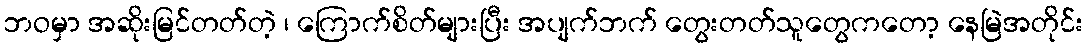
ဘဝမှာ အဆိုးမြင်တတ်တဲ့ ၊ ကြောက်စိတ်များပြီး အပျက်ဘက် တွေးတတ်သူတွေကတော့ နေမြဲအတိုင်း